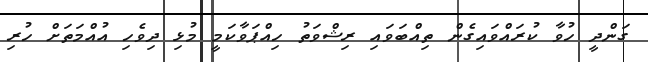
ގަންދީ ހުވާ ކުރައްވައިގެން ތިއްބަވައި ރިޝްވަތު ހިއްޕަވާކަމީ މުޅި ދިވެހި އުއްމަތަށް ހުރި